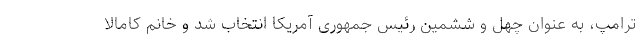
ترامپ، به عنوان چهل و ششمین رئیس جمهوری آمریکا انتخاب شد و خانم کامالا